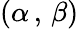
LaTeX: (\alpha\, ,\, \beta)